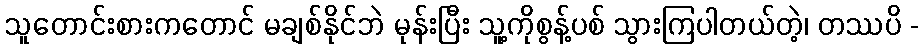
သူတောင်းစားကတောင် မချစ်နိုင်ဘဲ မုန်းပြီး သူ့ကိုစွန့်ပစ် သွားကြပါတယ်တဲ့၊ တဿပိ -